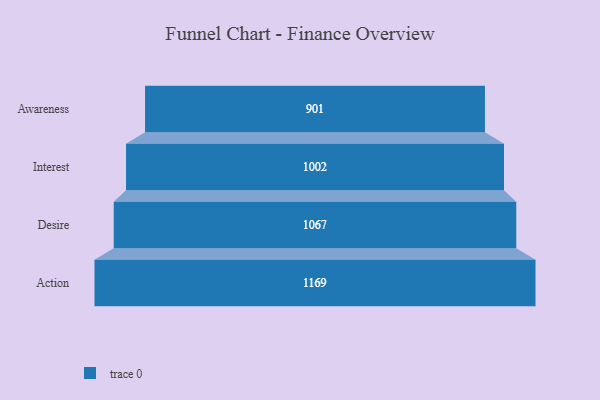
{"axis": {"x": "Stage", "y": "Value"}, "legend": [""], "data": [{"x": "Awareness", "y": 901.0, "type": ""}, {"x": "Interest", "y": 1002.0, "type": ""}, {"x": "Desire", "y": 1067.0, "type": ""}, {"x": "Action", "y": 1169.0, "type": ""}]}